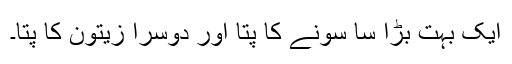
ایک بہت بڑا سا سونے کا پتا اور دوسرا زیتون کا پتا۔